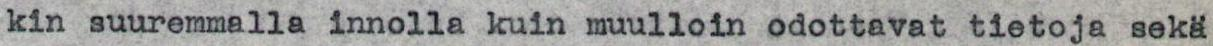
kin suuremmalla innolla kuin muulloin odottavat tietoja sekä